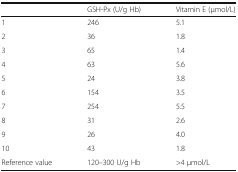
<table><thead><tr><td></td><td><b>GSH-Px (U/g Hb)</b></td><td><b>Vitamin E (μmol/L)</b></td></tr></thead><tbody><tr><td>1</td><td>246</td><td>5.1</td></tr><tr><td>2</td><td>36</td><td>1.8</td></tr><tr><td>3</td><td>65</td><td>1.4</td></tr><tr><td>4</td><td>63</td><td>5.6</td></tr><tr><td>5</td><td>24</td><td>3.8</td></tr><tr><td>6</td><td>154</td><td>3.5</td></tr><tr><td>7</td><td>254</td><td>5.5</td></tr><tr><td>8</td><td>31</td><td>2.6</td></tr><tr><td>9</td><td>26</td><td>4.0</td></tr><tr><td>10</td><td>43</td><td>1.8</td></tr><tr><td>Reference value</td><td>120–300 U/g Hb</td><td>&gt;4 μmol/L</td></tr></tbody></table>